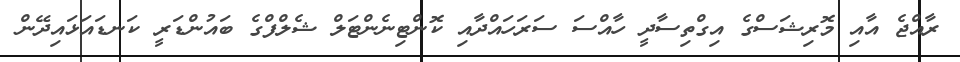
ރާއްޖެ އާއި މޮރިޝަސްގެ އިގްތިސާދީ ހާއްސަ ސަރަހައްދާއި ކޮންޓިނެންޓަލް ޝެލްފްގެ ބައުންޑަރީ ކަނޑައަޅައިދޭން